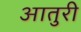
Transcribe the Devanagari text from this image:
आतुरी